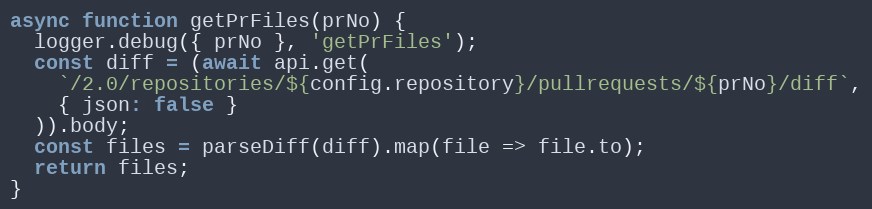
Language: JavaScript
async function getPrFiles(prNo) {
  logger.debug({ prNo }, 'getPrFiles');
  const diff = (await api.get(
    `/2.0/repositories/${config.repository}/pullrequests/${prNo}/diff`,
    { json: false }
  )).body;
  const files = parseDiff(diff).map(file => file.to);
  return files;
}